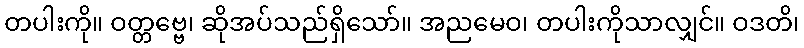
တပါးကို။ ဝတ္တဗ္ဗေ၊ ဆိုအပ်သည်ရှိသော်။ အညမေဝ၊ တပါးကိုသာလျှင်။ ဝဒတိ၊